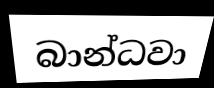
බාන්ධවා